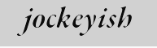
jockeyish